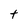
Character: t